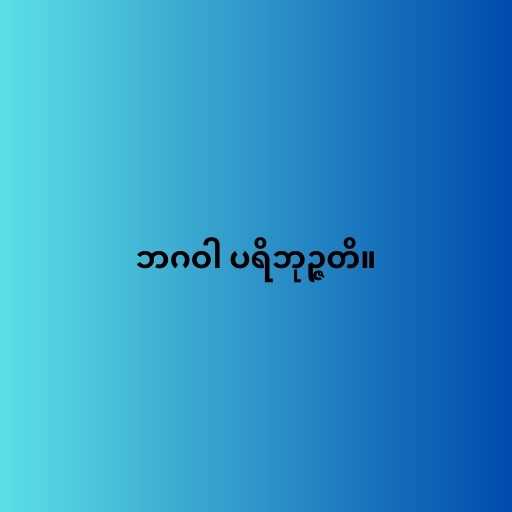
ဘဂဝါ ပရိဘုဉ္ဇတိ။